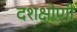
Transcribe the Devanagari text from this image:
दशक्षोणी